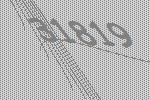
31819